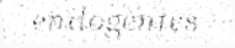
endogenies